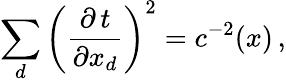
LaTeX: \sum_{d}\left(\frac{\partial\, t}{\partial x_{d}}\right)^{2}=c^{-2}(x)\, ,